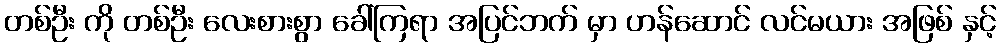
တစ်ဦး ကို တစ်ဦး လေးစားစွာ ခေါ်ကြရာ အပြင်ဘက် မှာ ဟန်ဆောင် လင်မယား အဖြစ် နှင့်